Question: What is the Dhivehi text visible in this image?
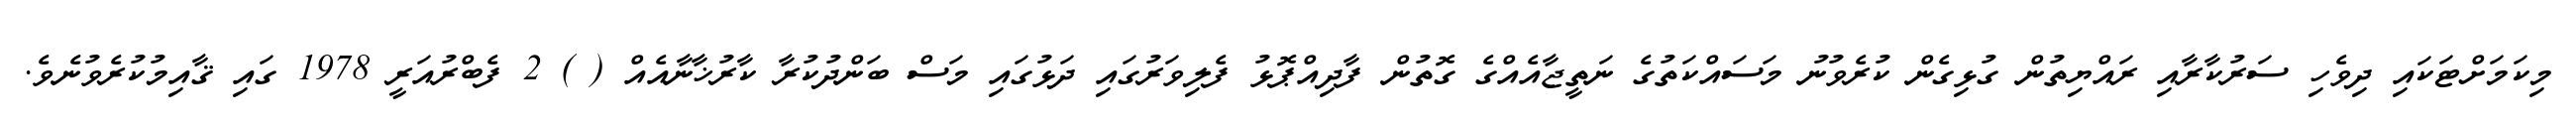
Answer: މިކަމަށްޓަކައި ދިވެހި ސަރުކާރާއި ރައްޔިތުން ގުޅިގެން ކުރެވުނު މަސައްކަތުގެ ނަތީޖާއެއްގެ ގޮތުން ފާދިއްޕޮޅު ފެލިވަރުގައި ދަޅުގައި މަސް ބަންދުކުރާ ކާރުޚާނާއެއް ( ) 2 ފެބްރުއަރީ 1978 ގައި ޤާއިމުކުރެވުނެވެ.